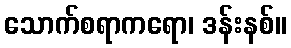
သောက်စရာကရော၊ ဒန်းနစ်။